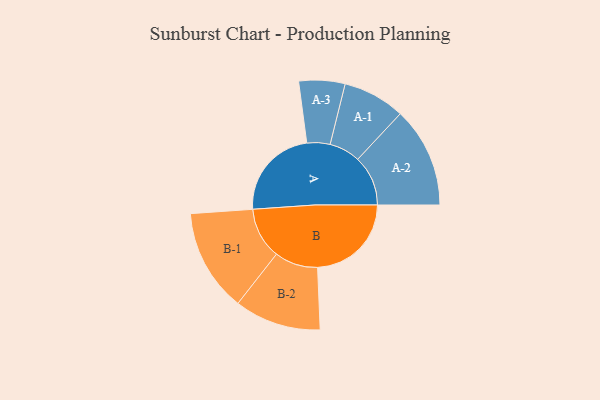
{"axis": {"x": "Segment", "y": "Value"}, "legend": ["", "A", "B"], "data": [{"x": "A", "y": 425, "type": ""}, {"x": "B", "y": 431, "type": ""}, {"x": "A-1", "y": 143, "type": "A"}, {"x": "A-2", "y": 231, "type": "A"}, {"x": "A-3", "y": 106, "type": "A"}, {"x": "B-1", "y": 236, "type": "B"}, {"x": "B-2", "y": 199, "type": "B"}]}